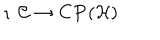
LaTeX: \iota \colon { \cal C } \rightarrow { \bf C P } ( { \cal H } )